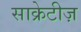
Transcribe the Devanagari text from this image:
साक्रेटीज़